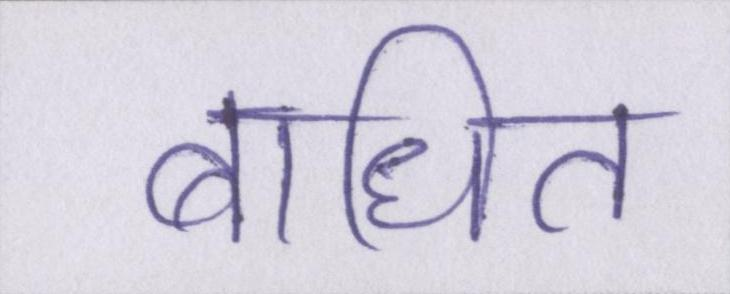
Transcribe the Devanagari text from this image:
बाधित